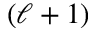
( \ell + 1 )